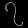
Digit: ၇